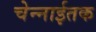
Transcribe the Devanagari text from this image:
चेन्नाईतक